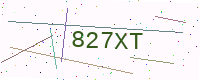
Text: 827XT